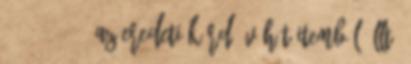
1991; 1992 . Az eredeti kérdőív hét itemből állt,